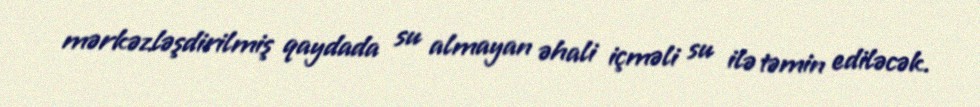
mərkəzləşdirilmiş qaydada su almayan əhali içməli su ilə təmin ediləcək.